Report on the cultivation and use of ganja
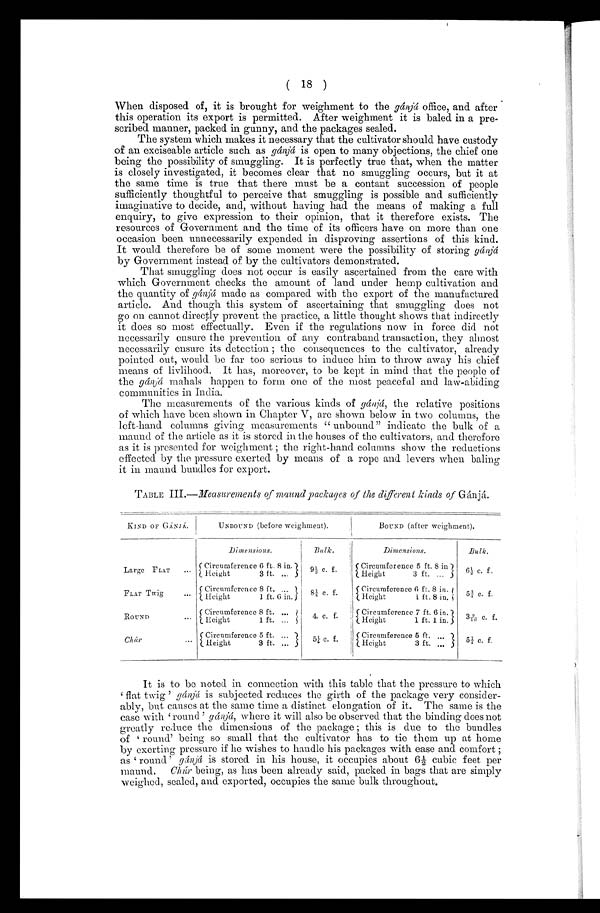
(18)
When disposed of, it is brought for weighment to the gánjá office, and after
this operation its export is permitted. After weighment it is baled in a pre
-scribed manner, packed in gunny, and the packages sealed.
The system which makes it necessary that the cultivator should have custody
of an exciseable article such as gánjá is open to many objections, the chief one
being the possibility of smuggling. It is perfectly true that, when the matter
is closely investigated, it becomes clear that no smuggling occurs, but it at
the same time is true that there must be a contact succession of people
sufficiently thoughtful to perceive that smuggling is possible and sufficiently
imaginative to decide, and, without having had the means of making a full
enquiry, to give expression to their opinion, that it therefore exists. The
resources of Government and the time of its officers have on more than one
occasion been unnecessarily expended in disproving assertions of this kind.
It would therefore be of some moment were the possibility of storing gánjá
by Government instead of by the cultivators demonstrated.
That smuggling does not occur is easily ascertained from the care with
which Government checks the amount of land under hemp cultivation and
the quantity of gá njá made as compared with the export of the manufactured
article. And though this system of ascertaining that smuggling does not
go on cannot directly prevent the practice, a little thought shows that indirectly
it does so most effectually. Even if the regulations now in force did not
necessarily ensure the prevention of any contraband transaction, they almost
necessarily ensure its detection ; the consequences to the cultivator, already
pointed out, would be far too serious to induce him to throw away his chief
means of livlihood. It has, moreover, to be kept in mind that the people of
the gánjá mahals happen to form one of the most peaceful and law-abiding
communities in India.
The measurements of the various kinds of gánjá, the relative positions
of which have been shown in Chapter V, are shown below in two columns, the
left-hand columns giving measurements " unbound" indicate the bulk of a
maund of the article as it is stored in the houses of the cultivators, and therefore
as it is presented for weighment ; the right-hand columns show the reductions
effected by the pressure exerted by means of a rope and levers when baling
it in maund bundles for export.
TABLE III.—Measurements of maund packages of the different kinds of G á n j á .
KIND OF GÁNJÁ.
UNBOUND (before weighment).
BOUND (after weighment).
Dimensions.
Bulk.
Dimensions.
Bulk.
Large FLAT . . .
Circumference 6 ft. 8 in
9 ½ c . f .
Circumference 5 ft. 8 in
6 ½
c .
f .
Height
3 ft. . . .
Height
3 ft. . . .
FLAT Twig . . .
Circumference 8 ft. . . .
8¼ c .
f .
C i r c u m f e r n c e 6 f t . 8 i n .
5¾ c . f
.
Height
1 ft. 6 in.
H i g h t 1 f t . 8 i n .
ROUND . . .
C i r c u m f e r e n c e 8 f t . . .
4 . c . f .
C i r c u m f e r e n c e 7 f t . 6 i n .
39/10 c. f.
Height 1ft. . . .
Height 1 ft. 1 in.
C h ú r . . .
Circumference 5 ft. . . .
5 ¼ c . f .
C i r c u m f e r e n c e 5 f t . . . .
5¼ c . f
.
Height
3 ft. . . .
H i g h t 3 f t . . . .
It is to be noted in connection with this table that the pressure to which
flat twig' gánjá is subjected reduces the girth of the package very consider-
- a b l y , b u t c a u s e s a t t h e s a m e t i m e a d i s t i n c t e l o n g a t i o n o f i t . T h e s a m e i s t h e
case with 'round ' gánjá, where it will also be observed that the binding does not
greatly reduce the dimensions of the package ; this is due to the bundles
of 'r o u n d ' b e i n g s o s m a l l t h a t t h e c u l t i v a t o r h a s t o t i e t h e m u p a t h o m e
by exerting pressure if he wishes to handle his packages with ease and comfort ;
as round ' gánjá is stored in his house, it occupies about 6½ cubic feet per
maund. Chúr being, as has been already said, packed in bags that are simply
weighed, sealed, and exported, occupies the same bulk throughout.